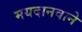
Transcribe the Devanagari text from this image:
मयदानवाने